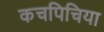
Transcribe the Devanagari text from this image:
कचपिचिया